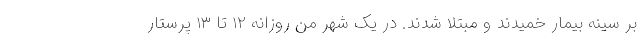
بر سینه بیمار خمیدند و مبتلا شدند. در یک شهر من روزانه ۱۲ تا ۱۳ پرستار